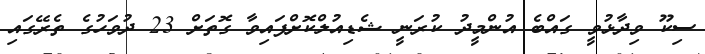
ސިކޫ ވިދާޅުވީ ގައްބެ އުންމީދު ކުރަނީ ޝެޑިއުލްކޮށްފައިވާ ގޮތަށް 23 ދުވަހުގެ ތެރޭގައި